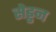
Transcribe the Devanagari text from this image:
सेड्डन